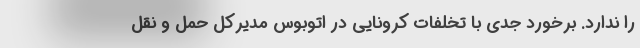
را ندارد. برخورد جدی با تخلفات کرونایی در اتوبوس مدیرکل حمل و نقل